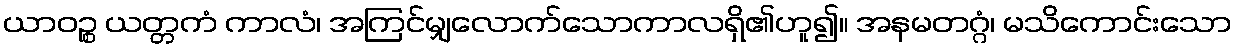
ယာဝဉ္စ ယတ္တကံ ကာလံ၊ အကြင်မျှလောက်သောကာလရှိ၏ဟူ၍။ အနမတဂ္ဂံ၊ မသိကောင်းသော